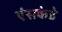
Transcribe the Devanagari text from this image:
एंसकेडे